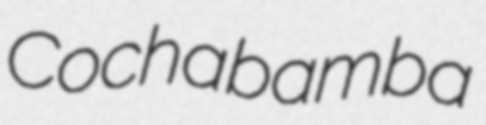
Cochabamba